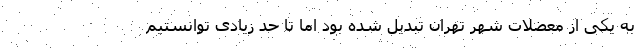
به یکی از معضلات شهر تهران تبدیل شده بود اما تا حد زیادی توانستیم